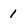
Character: 1